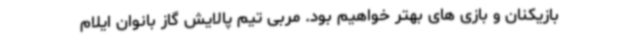
بازیکنان و بازی های بهتر خواهیم بود. مربی تیم پالایش گاز بانوان ایلام